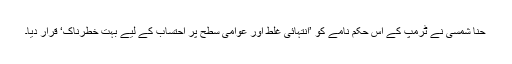
حنا شمسی نے ٹرمپ کے اس حکم نامے کو ’انتہائی غلط اور عوامی سطح پر احتساب کے لیے بہت خطرناک‘ قرار دیا۔